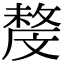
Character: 𣁟